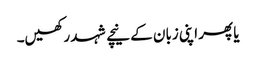
یا پھر اپنی زبان کے نیچے شہد رکھیں۔